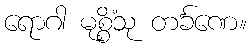
ရောဂါ မုစ္စိံသု တင်္ခဏေ။